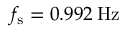
f _ { \mathrm { s } } = 0 . 9 9 2 \: \mathrm { H z }